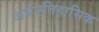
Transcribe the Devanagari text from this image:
अर्धएतिहासिक